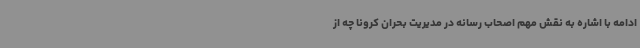
ادامه با اشاره به نقش مهم اصحاب رسانه در مدیریت بحران کرونا چه از